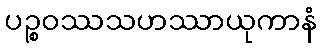
ပဉ္စဝဿသဟဿာယုကာနံ